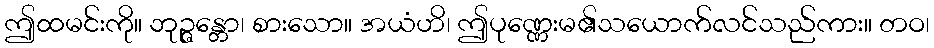
ဤထမင်းကို။ ဘုဉ္ဇန္တော၊ စားသော။ အယံဟိ၊ ဤပုဏ္ဏေးမ၏သယောက်လင်သည်ကား။ တဝ၊